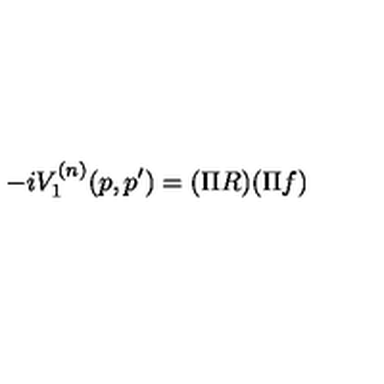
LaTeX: - i V _ { 1 } ^ { ( n ) } ( p , p ^ { \prime } ) = ( \Pi R ) ( \Pi f )